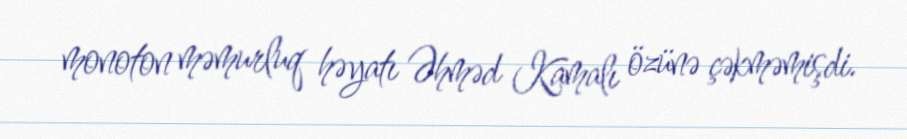
monoton məmurluq həyatı Əhməd Kamalı özünə çəkməmişdi.